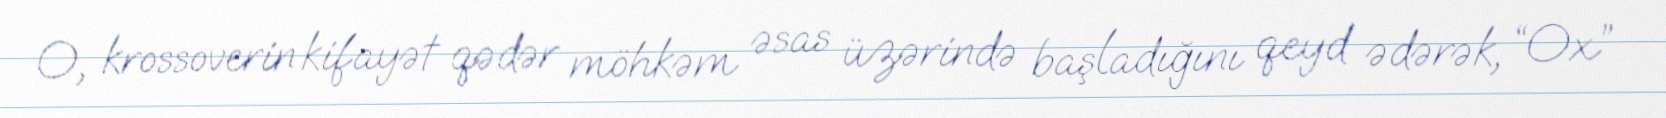
O, krossoverin kifayət qədər möhkəm əsas üzərində başladığını qeyd ədərək, “Ox”